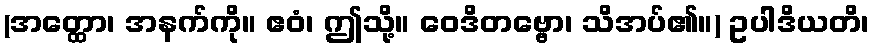
(အတ္ထော၊ အနက်ကို။ ဧဝံ၊ ဤသို့။ ဝေဒိတဗ္ဗော၊ သိအပ်၏။) ဥပါဒိယတိ၊